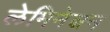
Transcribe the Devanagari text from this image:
लेमिनेशन